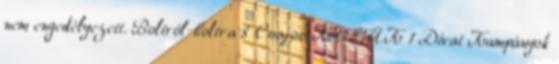
nem engedélyezett. Boltról-boltra 8 Csajos KÜTYÜK 1 Divat Kampányok